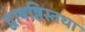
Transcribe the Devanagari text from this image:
द्वाषष्टिस्तथा